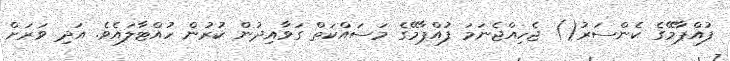
ފުއްޕާމޭގެ ކެންސަރު() ޖެހިއްޖެނަމަ ފުއްޕާމޭގެ މަސައްކަތް ގަވާއިދުން ކުރުން ހުއްޓާލައެވެ. އަދި ވަރަށް